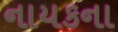
નાયકના